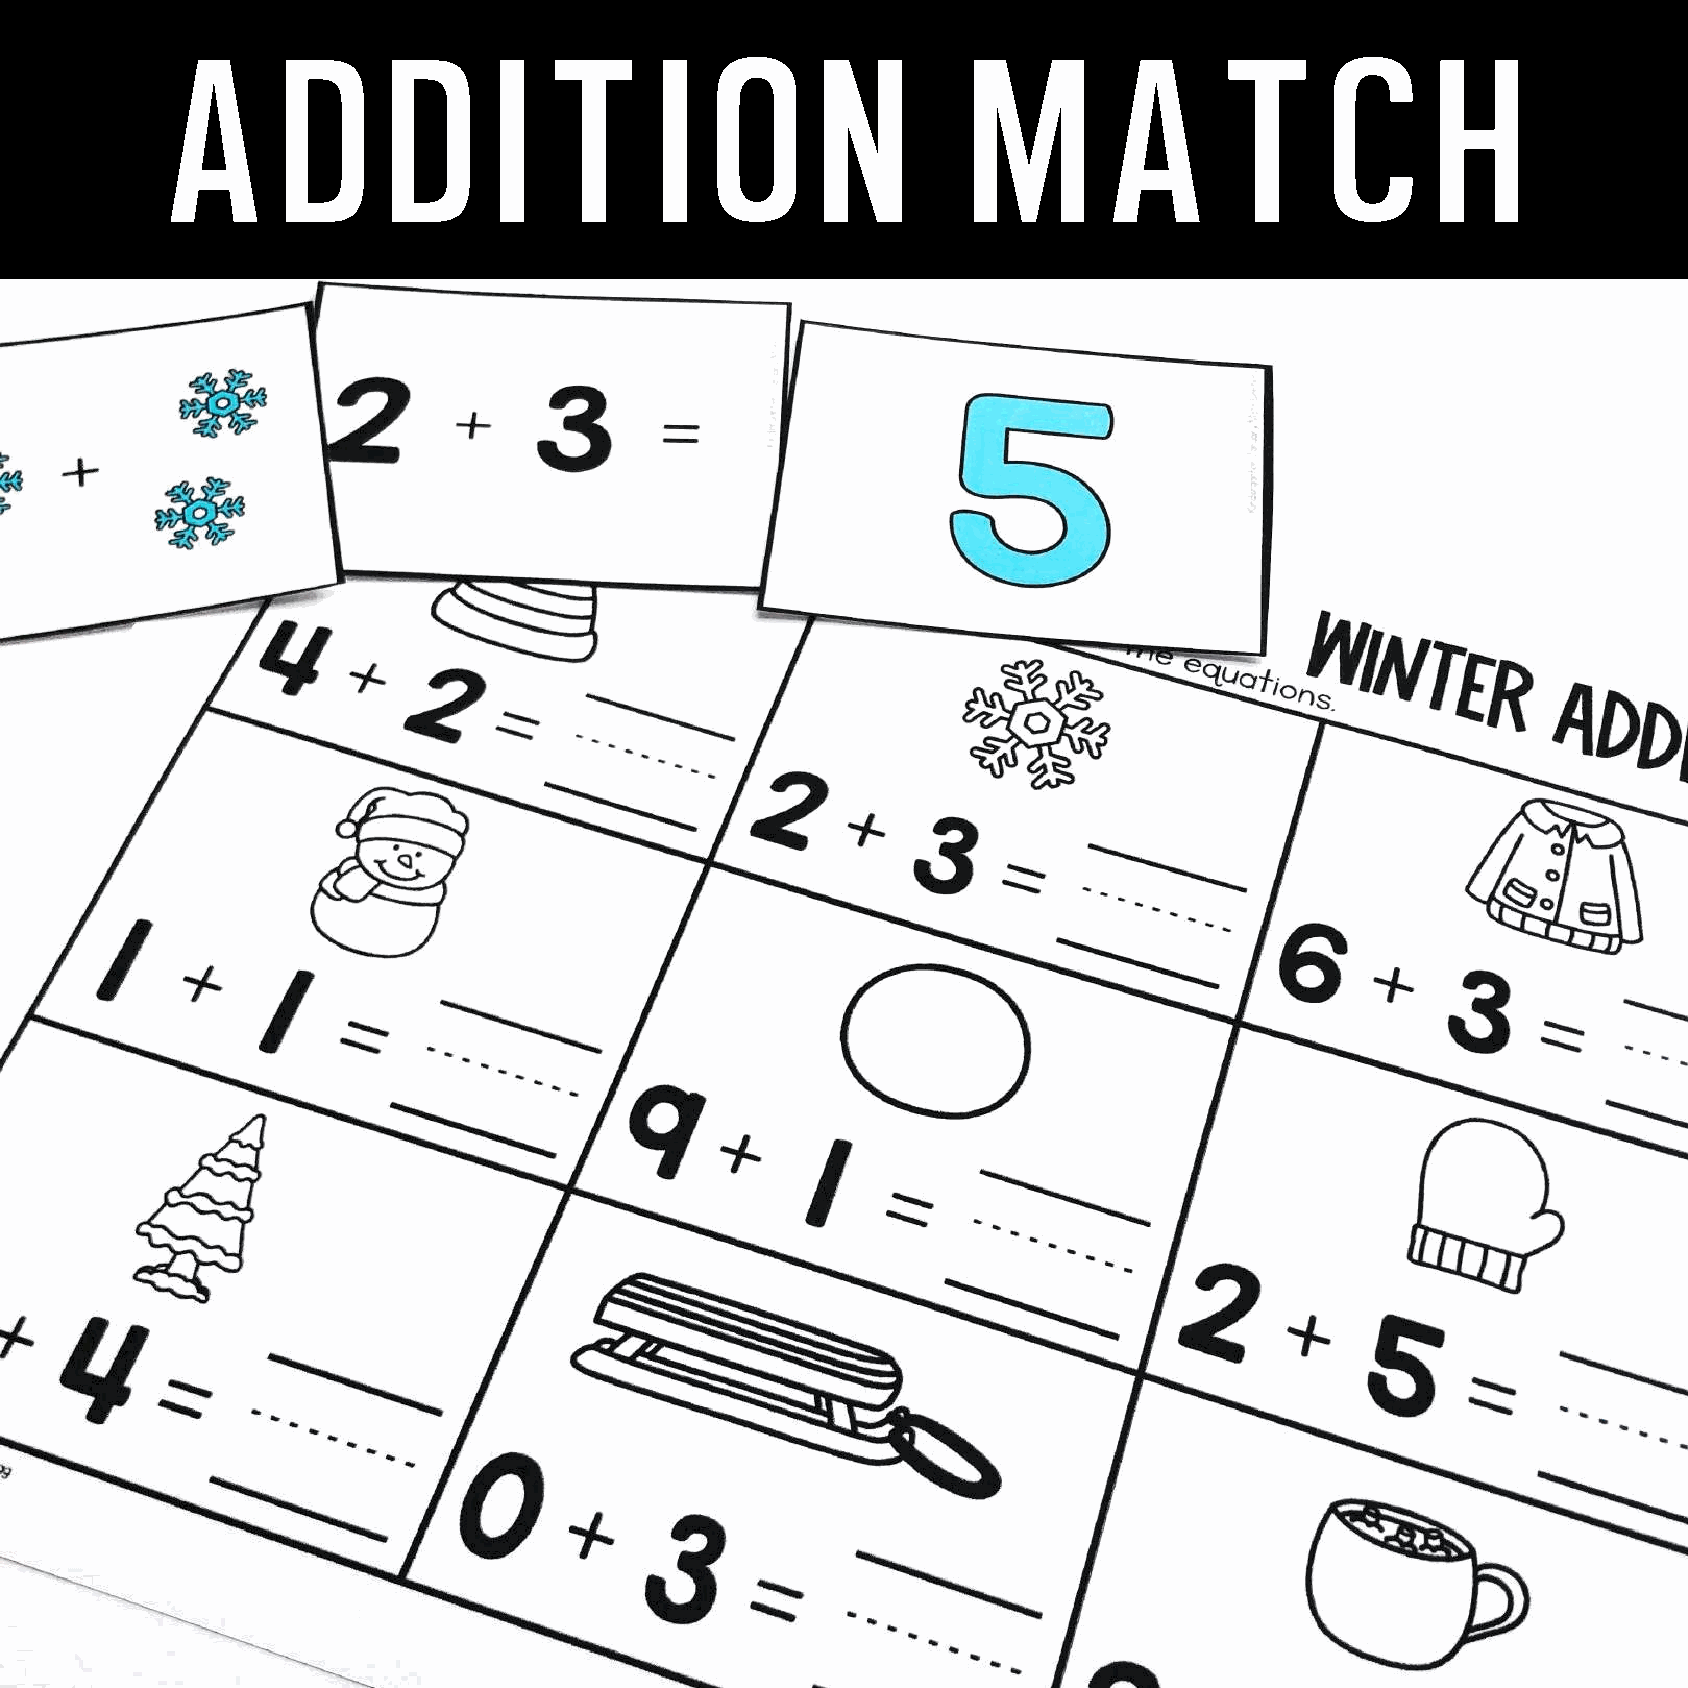
a       d      d      i  t      i   o      n         m        a       t      c      h